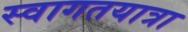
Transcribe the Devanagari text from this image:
स्वागतयात्रा